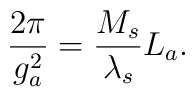
\frac{2\pi}{g_a^2}=\frac{M_s}{\lambda_s}L_a.